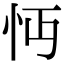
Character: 𢗔